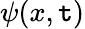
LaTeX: \psi(x,\mathtt{t})